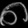
Digit: ၈